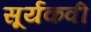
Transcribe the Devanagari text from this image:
सूर्यकवी